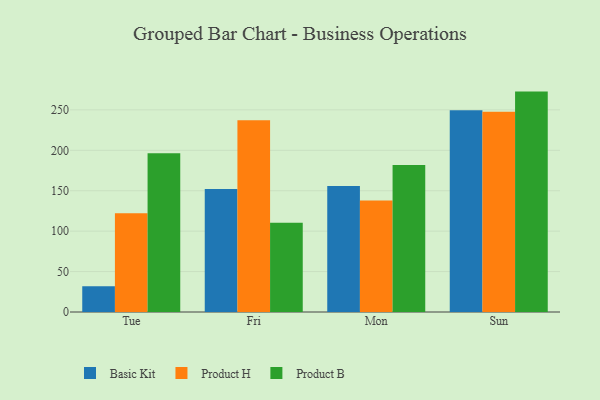
{"axis": {"x": "Day", "y": "Operating Costs (USD K)"}, "legend": ["Basic Kit", "Product B", "Product H"], "data": [{"x": "Tue", "y": 31.8, "type": "Basic Kit"}, {"x": "Tue", "y": 122.0, "type": "Product H"}, {"x": "Tue", "y": 196.3, "type": "Product B"}, {"x": "Fri", "y": 152.1, "type": "Basic Kit"}, {"x": "Fri", "y": 237.3, "type": "Product H"}, {"x": "Fri", "y": 110.4, "type": "Product B"}, {"x": "Mon", "y": 155.9, "type": "Basic Kit"}, {"x": "Mon", "y": 137.8, "type": "Product H"}, {"x": "Mon", "y": 181.9, "type": "Product B"}, {"x": "Sun", "y": 249.5, "type": "Basic Kit"}, {"x": "Sun", "y": 247.8, "type": "Product H"}, {"x": "Sun", "y": 272.6, "type": "Product B"}]}